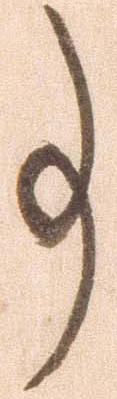
事